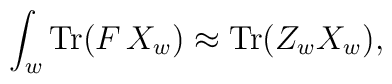
\int_w {\rm Tr}(F\,X_w) \approx {\rm Tr}(Z_w X_w),